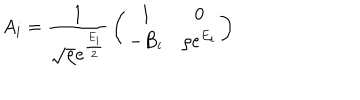
A _ { i } = { \frac { 1 } { \sqrt { \rho } e ^ { \frac { E _ { i } } { 2 } } } } \left( \begin{array} { c c } { { 1 } } & { { 0 } } \\ { { - B _ { i } } } & { { \rho e ^ { E _ { i } } } } \\ \end{array} \right)